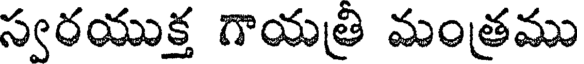
స్వరయుక్త గాయత్రి మంత్రము